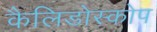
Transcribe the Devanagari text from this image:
कैलिडोस्कोप